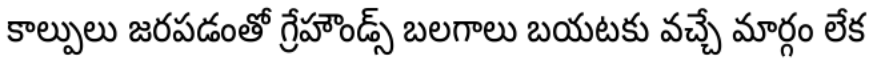
కాల్పులు జరపడంతో గ్రేహౌండ్స్ బలగాలు బయటకు వచ్చే మార్గం లేక